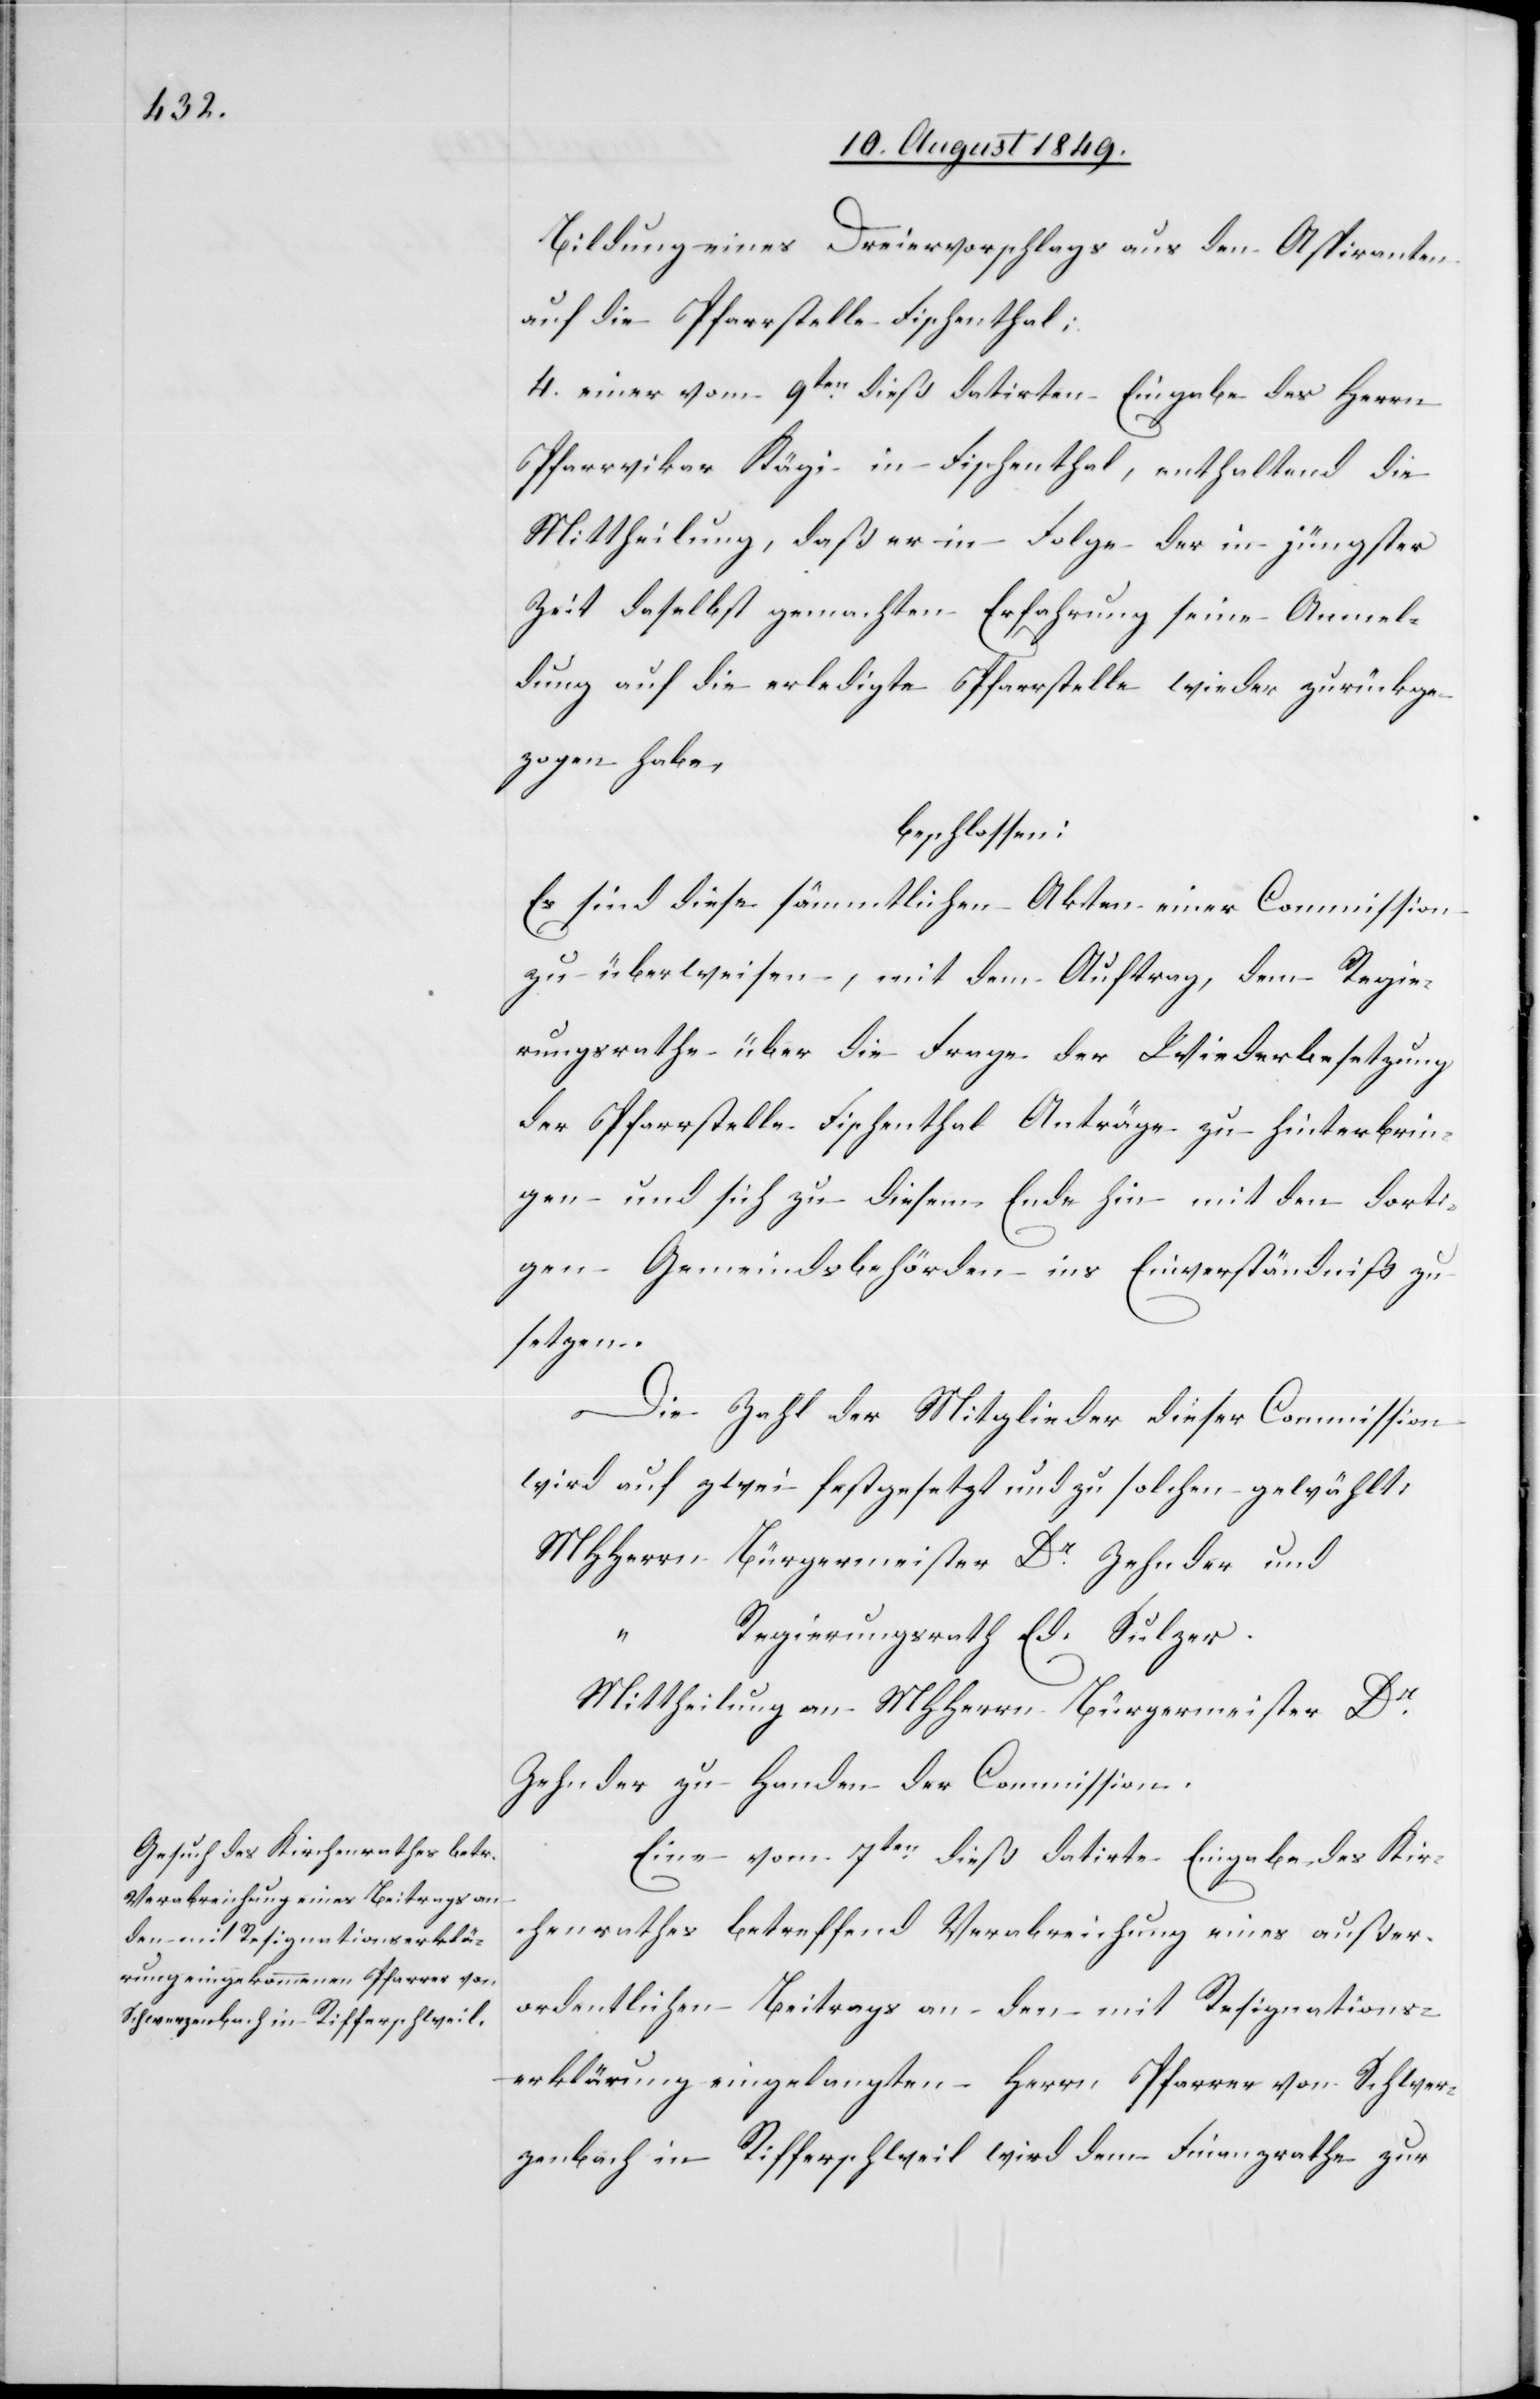
Bildung eines Dreiervorschlags aus den Aspiranten
auf die Pfarrstelle Fischenthal;
3. einer vom 9ten dieß datirten Eingabe des Herrn
Pfarrvikar Kägi in Fischenthal, enthaltend die
Mittheilung, daß er in Folge der in jüngster
Zeit daselbst gemachten Erfahrung seine Anmel¬
dung auf die erledigte Pfarrstelle wieder zurückge¬
zogen habe,
beschlossen:
Es sind diese sämmtlichen Akten einer Commission
zu überweisen, mit dem Auftrag, dem Regie¬
rungsrathe über die Frage der Wiederbesetzung
der Pfarrstelle Fischenthal Anträge zu hinterbrin¬
gen und sich zu diesem Ende hin mit den dorti¬
gen Gemeindsbehörden ins Einverständniß zu
setzen.
Die Zahl der Mitglieder dieser Commission
wird auf zwei festgesetzt und zu solchen gewählt,
MHHerrn	Bürgermeister		Dr Zehnder und
“	Regierungsrath		Ed. Sulzer.
Mittheilung an MHHerrn Bürgermeister Dr
Zehnder zu Handen der Commission.
Eine vom 7ten dieß datirte Eingabe des Kir¬
chenrathes betreffend Verabreichung eines außer¬
ordentlichen Beitrags an den mit Resignations¬
erklärung eingelangten Herrn Pfarrer von Schwer¬
zenbach in Rifferschweil wird dem Finanzrathe zur